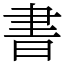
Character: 書